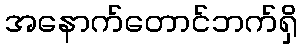
အနောက်တောင်ဘက်ရှိ